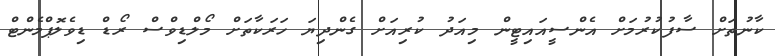
ކާނުތަށް ސާފުކުރުމަށް އެންސީއައިޓީން މިއަދު ކުރިއަށް ގެންދިޔަ ހަރަކާތަށް މޯލްޑިވްސް ރޯޑް ޑިވެލޮޕްމެންޓް